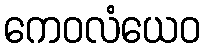
ကေဝလံယေဝ